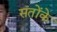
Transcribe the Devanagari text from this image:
संतोंके